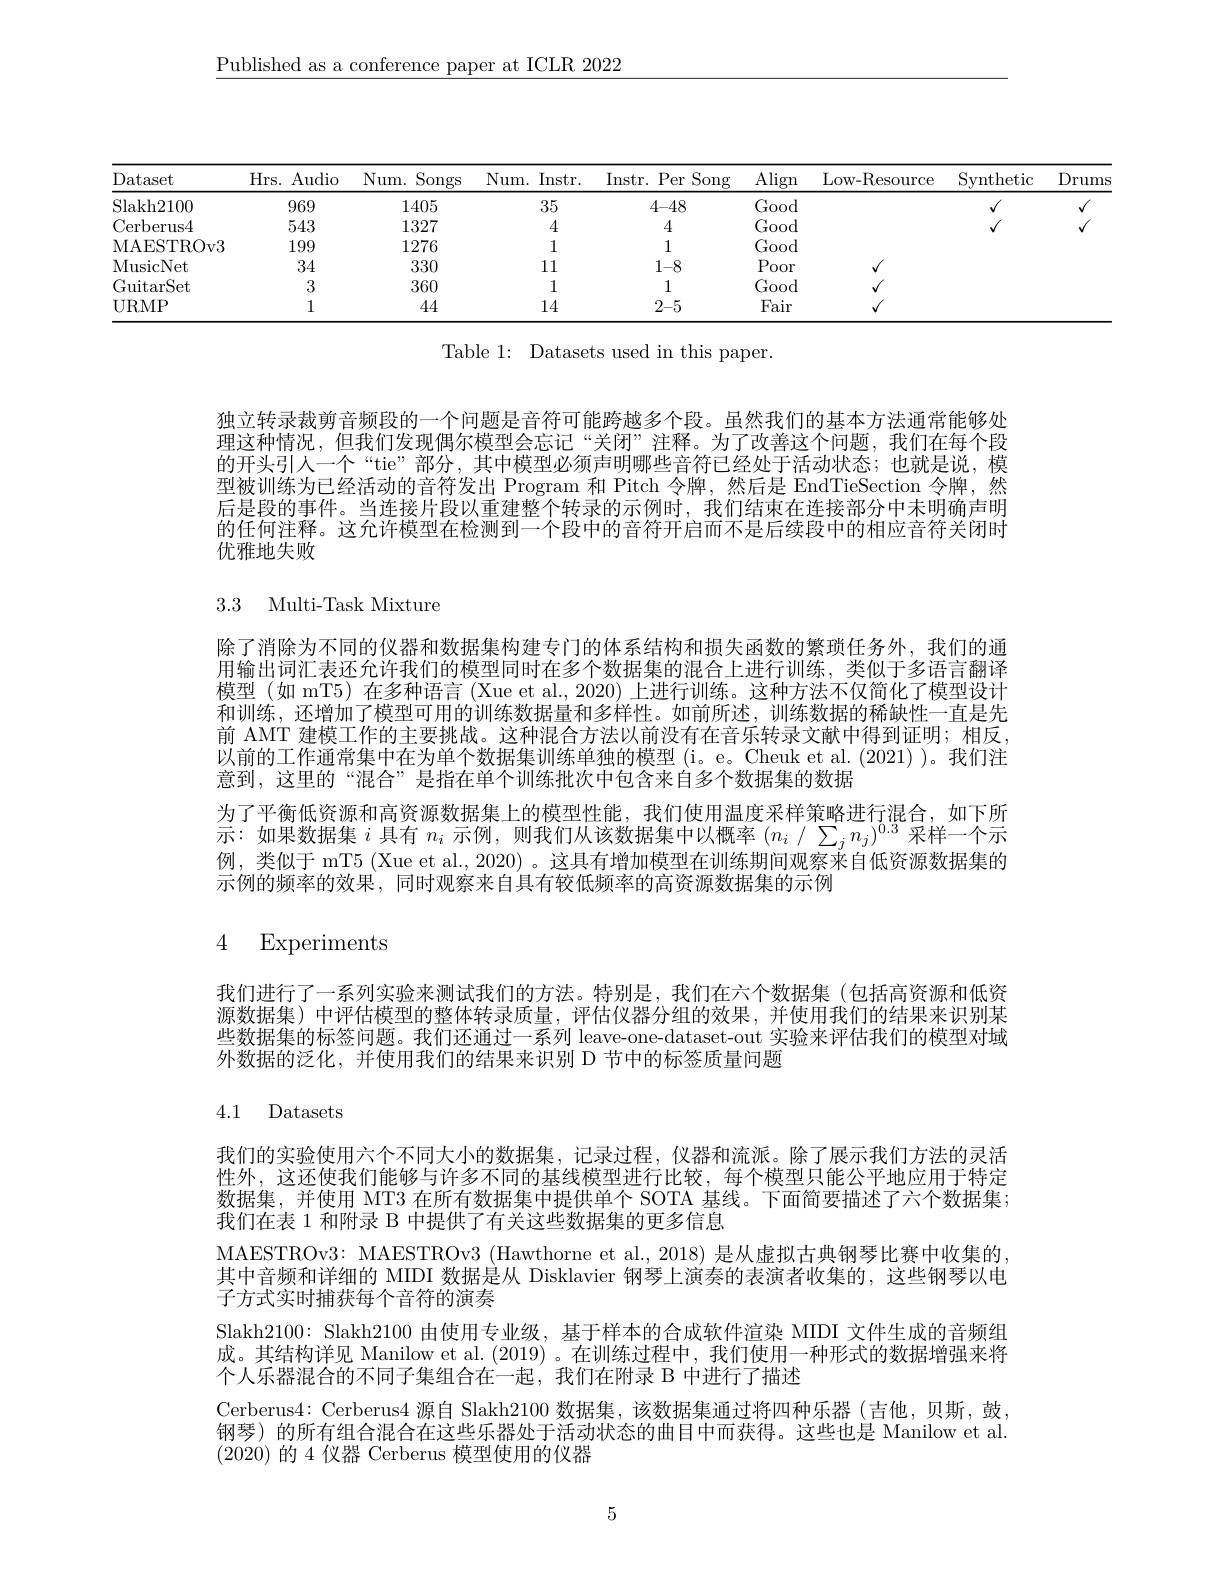
$\underline{\mathrm{Published~as~a~conference~paper~at~ICLR~2022}}$

Table 1: Datasets used in this paper.

独立转录裁剪音频段的一个问题是音符可能跨越多个段。虽然我们的基本方法通常能够处理这种情况，但我们发现偶尔模型会忘记“关闭”注释。为了改善这个问题，我们在每个段的开头引人一个“tie”部分，其中模型必须声明哪些音符已经处于活动状态；也就是说，模型被训练为已经活动的音符发出 Program 和 Pitch 令牌，然后是 EndTieSection 令牌，然后是段的事件。当连接片段以重建整个转录的示例时，我们结束在连接部分中未明确声明的任何注释。这允许模型在检测到一个段中的音符开启而不是后续段中的相应音符关闭时优雅地失败

3.3 Multi-Task Mixture

除了消除为不同的仪器和数据集构建专门的体系结构和损失函数的繁琐任务外，我们的通用输出词汇表还允许我们的模型同时在多个数据集的混合上进行训练，类似于多语言翻译模型 (如 mT5) 在多种语言 (Xue et al., 2020) 上进行训练。这种方法不仅简化了模型设计和训练，还增加了模型可用的训练数据量和多样性。如前所述，训练数据的稀缺性一直是先前 AMT 建模工作的主要挑战。这种混合方法以前没有在音乐转录文献中得到证明；相反， 以前的工作通常集中在为单个数据集训练单独的模型(i。e。Cheuk et al.(2021) )。我们注意到，这里的“混合”是指在单个训练批次中包含来自多个数据集的数据
为了平衡低资源和高资源数据集上的模型性能，我们使用温度采样策略进行混合，如下所示：如果数据集$i$具有$n_i$示例，则我们从该数据集中以概率$(n_i/\sum_jn_j)^0.3$采样一个示例，类似于 mT5 (Xue et al., 2020) 。这具有增加模型在训练期间观察来自低资源数据集的示例的频率的效果，同时观察来自具有较低频率的高资源数据集的示例

# 4 Experiments

我们进行了一系列实验来测试我们的方法。特别是，我们在六个数据集(包括高资源和低资源数据集)中评估模型的整体转录质量，评估仪器分组的效果，并使用我们的结果来识别某些数据集的标签问题。我们还通过一系列 leave-one-dataset-out 实验来评估我们的模型对域外数据的泛化，并使用我们的结果来识别 D 节中的标签质量问题

# 4.1 Datasets

我们的实验使用六个不同大小的数据集，记录过程，仪器和流派。除了展示我们方法的灵活性外，这还使我们能够与许多不同的基线模型进行比较，每个模型只能公平地应用于特定数据集，并使用 MT3 在所有数据集中提供单个 SOTA 基线。下面简要描述了六个数据集； 我们在表 1 和附录 B 中提供了有关这些数据集的更多信息
MAESTROv3: MAESTROv3 (Hawthorne et al., 2018) 是从虚拟古典钢琴比赛中收集的， 其中音频和详细的 MIDI 数据是从 Disklavier 钢琴上演奏的表演者收集的，这些钢琴以电子方式实时捕获每个音符的演奏
Slakh2100: Slakh2100由使用专业级，基于样本的合成软件渲染 MIDI 文件生成的音频组成。其结构详见 Manilow et al. (2019) 。在训练过程中，我们使用一种形式的数据增强来将个人乐器混合的不同子集组合在一起，我们在附录 B 中进行了描述
Cerberus4: Cerberus4 源自 Slakh2100 数据集，该数据集通过将四种乐器(吉他，贝斯，鼓， 钢琴) 的所有组合混合在这些乐器处于活动状态的曲目中而获得。这些也是 Manilow et al. (2020)的 4 仪器 Cerberus 模型使用的仪器

5